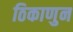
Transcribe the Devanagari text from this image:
ठिकाणुन